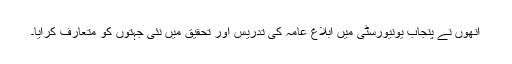
انھوں نے پنجاب یونیورسٹی میں ابلاغ عامہ کی تدریس اور تحقیق میں نئی جہتوں کو متعارف کرایا۔